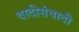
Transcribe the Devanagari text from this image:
वादीसंवादी